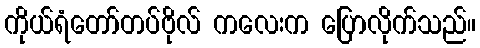
ကိုယ်ရံတော်တပ်ဗိုလ် ကလေးက ပြောလိုက်သည်။